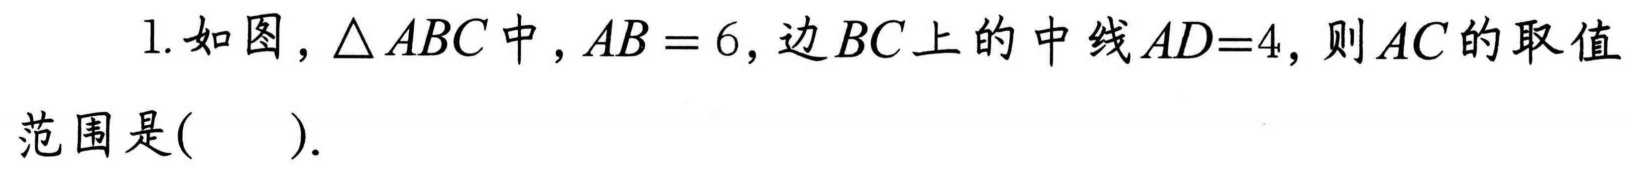
1. 如图，\(\triangle ABC\)中，\(AB = 6\)，边\(BC\)上的中线\(AD = 4\)，则\(AC\)的取值范围是( ).